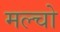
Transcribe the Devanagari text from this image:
मल्चो